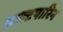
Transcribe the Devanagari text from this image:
डाल्टपारिन